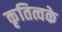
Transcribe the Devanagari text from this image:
कृतित्वके